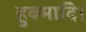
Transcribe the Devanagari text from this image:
हुक्मादि।